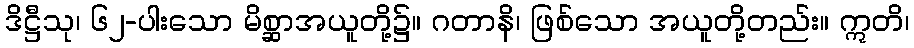
ဒိဋ္ဌီသု၊ ၆၂-ပါးသော မိစ္ဆာအယူတို့၌။ ဂတာနိ၊ ဖြစ်သော အယူတို့တည်း။ ဣတိ၊